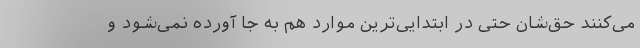
می‌کنند حق‌‌شان حتی در ابتدایی‌ترین موارد هم به جا آورده نمی‌شود و